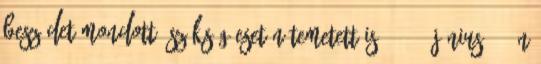
beszédet mondott, szükség esetén temetett is. 1744. június 15-én